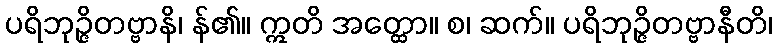
ပရိဘုဉ္ဇိတဗ္ဗာနိ၊ န်၏။ ဣတိ အတ္ထော။ စ၊ ဆက်။ ပရိဘုဉ္ဇိတဗ္ဗာနီတိ၊